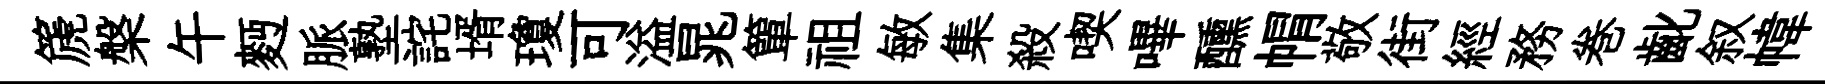
篪槃午麪脈塾詫壻瓊可溢晁簞祖敏集殺喫嗶醺㡌敬街經務巻齔叙幃